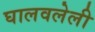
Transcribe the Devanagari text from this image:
घालवलेली